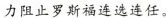
力阻止罗斯福连选连任。